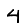
Digit: 4